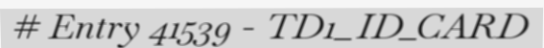
# Entry 41539 - TD1_ID_CARD